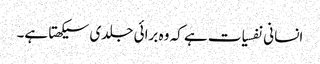
انسانی نفسیات ہے کہ وہ برائی جلدی سیکھتا ہے۔